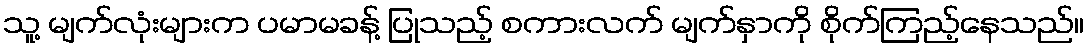
သူ့ မျက်လုံးများက ပမာမခန့် ပြုသည့် စကားလက် မျက်နှာကို စိုက်ကြည့်နေသည်။